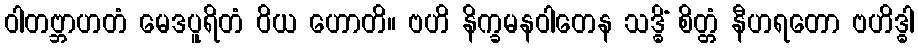
ဝါတဗ္ဘာဟတံ မေဒပူရိတံ ဝိယ ဟောတိ။ ဗဟိ နိက္ခမနဝါတေန သဒ္ဓိံ စိတ္တံ နီဟရတော ဗဟိဒ္ဓါ